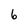
Character: 6